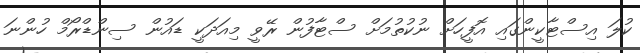
ކުލަ އިސްޓާކީންގައި އޮފީހަށް ނުކުތުމަށް ސްޓާފުން ރޭވީ މިއަދަކީ ޑައުން ސިންޑްރޯމް ހުންނަ